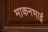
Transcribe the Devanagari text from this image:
माकनभाई